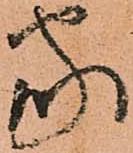
家